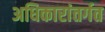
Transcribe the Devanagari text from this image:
अधिकारांतर्गत